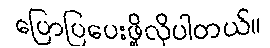
ပြောပြပေးဖို့လိုပါတယ်။